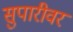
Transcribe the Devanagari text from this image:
सुपारीवर